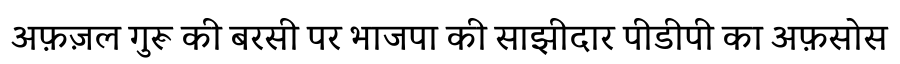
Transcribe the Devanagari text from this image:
अफ़ज़ल गुरू की बरसी पर भाजपा की साझीदार पीडीपी का अफ़सोस